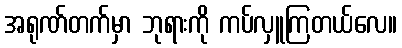
အရုဏ်တက်မှာ ဘုရားကို ကပ်လှူကြတယ်လေ။